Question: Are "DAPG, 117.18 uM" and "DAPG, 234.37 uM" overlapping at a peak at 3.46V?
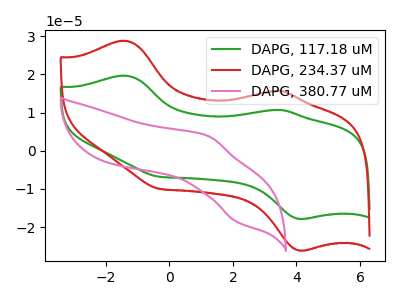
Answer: <think>The green curve "DAPG, 117.18 uM" has anodic peaks at (-1.40V, 19.70uA) (3.45V, 10.70uA) and cathodic peaks at (4.10V, -17.85uA) (-0.30V, -6.80uA). The red curve "DAPG, 234.37 uM" has anodic peaks at (-1.40V, 28.80uA) (3.45V, 15.70uA) and cathodic peaks at (4.10V, -26.10uA) (-0.30V, -10.00uA). The pink curve "DAPG, 380.77 uM" has an anodic peak at (1.20V, 3.95uA) and a cathodic peak at (2.10V, -18.55uA).</think>
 <answer>Yes, "DAPG, 117.18 uM" and "DAPG, 234.37 uM" share a peak at 3.46V.</answer>
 <eval>match</eval>